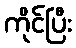
ကိုင်ပြီး